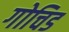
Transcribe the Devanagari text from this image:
गोचिड